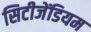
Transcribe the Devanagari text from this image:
सिटीजेंडियम